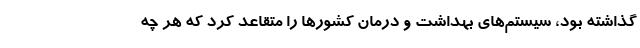
گذاشته بود، سیستم‌های بهداشت و درمان کشورها را متقاعد کرد که هر چه